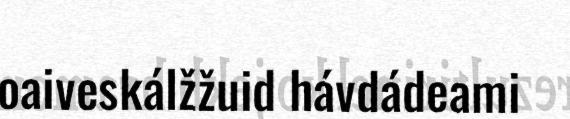
oaiveskálžžuid hávdádeami